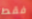
فقط